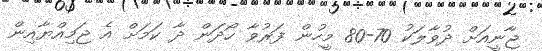
ޖާނީއަށް ދުވާލަކު 70-80 މީހުން ފަރުވާ ހޯދަން ދާ ކަމަށް އެ ޖަމިއްޔާއިން